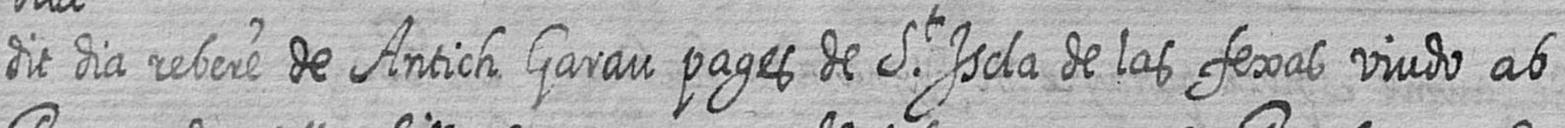
dit dia rebere de Antich Garau pages de St Iscla de las fexas viudo ab